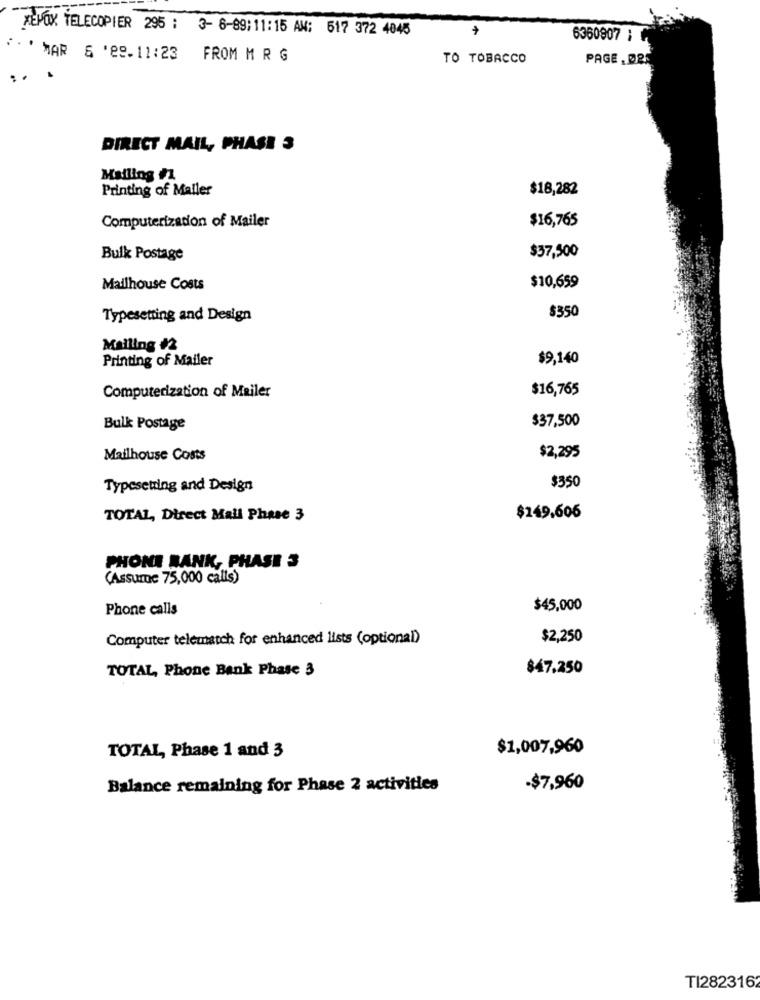
XENOX TELECOPIER 295 : 3- 6-89:11:15 AM: 517 372 4045
6360907 ;
...
MAR 6 '89-11:23 FROM M R G
TO TOBACCO
PAGE , DE
DIRECT MAIL, PHASE 3
Mailing #1
Printing of Mailer
$18,282
$16,765
Computerization of Mailer
Bulk Postage
$37,500
Mailhouse Costs
$10,659
$350
Typesetting and Design
Mailing #2
Printing of Mailer
$9,140
$16,765
Computerization of Mailer
$37,500
Bulk Postage
$2,295
Mailhouse Costs
$350
Typesetting and Design
TOTAL, Direct Mail Phase 3
$249,606
PHONE BANK, PHASE 3
(Assume 75,000 calls)
Phone calls
$45,000
Computer telematch for enhanced lists (optional)
$2,250
TOTAL, Phone Bank Phase 3
$47,250
TOTAL, Phase 1 and 3
$1,007,960
Balance remaining for Phase 2 activities
-$7,960
TI2823162